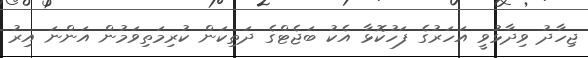
ޖިހާދު ވިދާޅުވީ އަހަރުގެ ފަހުކޮޅާ އެކު ބަޖެޓްގެ ދަތިކަން ކުރިމަތިވަމުން އަންނަ އިރު